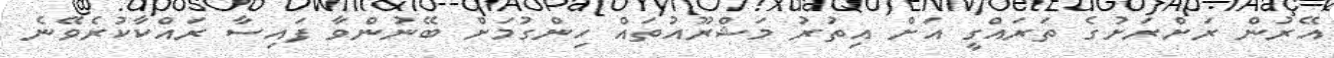
އޭރުން ރަށްރަށުގެ ތަރައްގީ އަށް އިތުރު މަޝްރޫއުތައް ހިންގުމަށް ބޭނުންވާ ފައިސާ ރައްކާކުރެވޭނެ